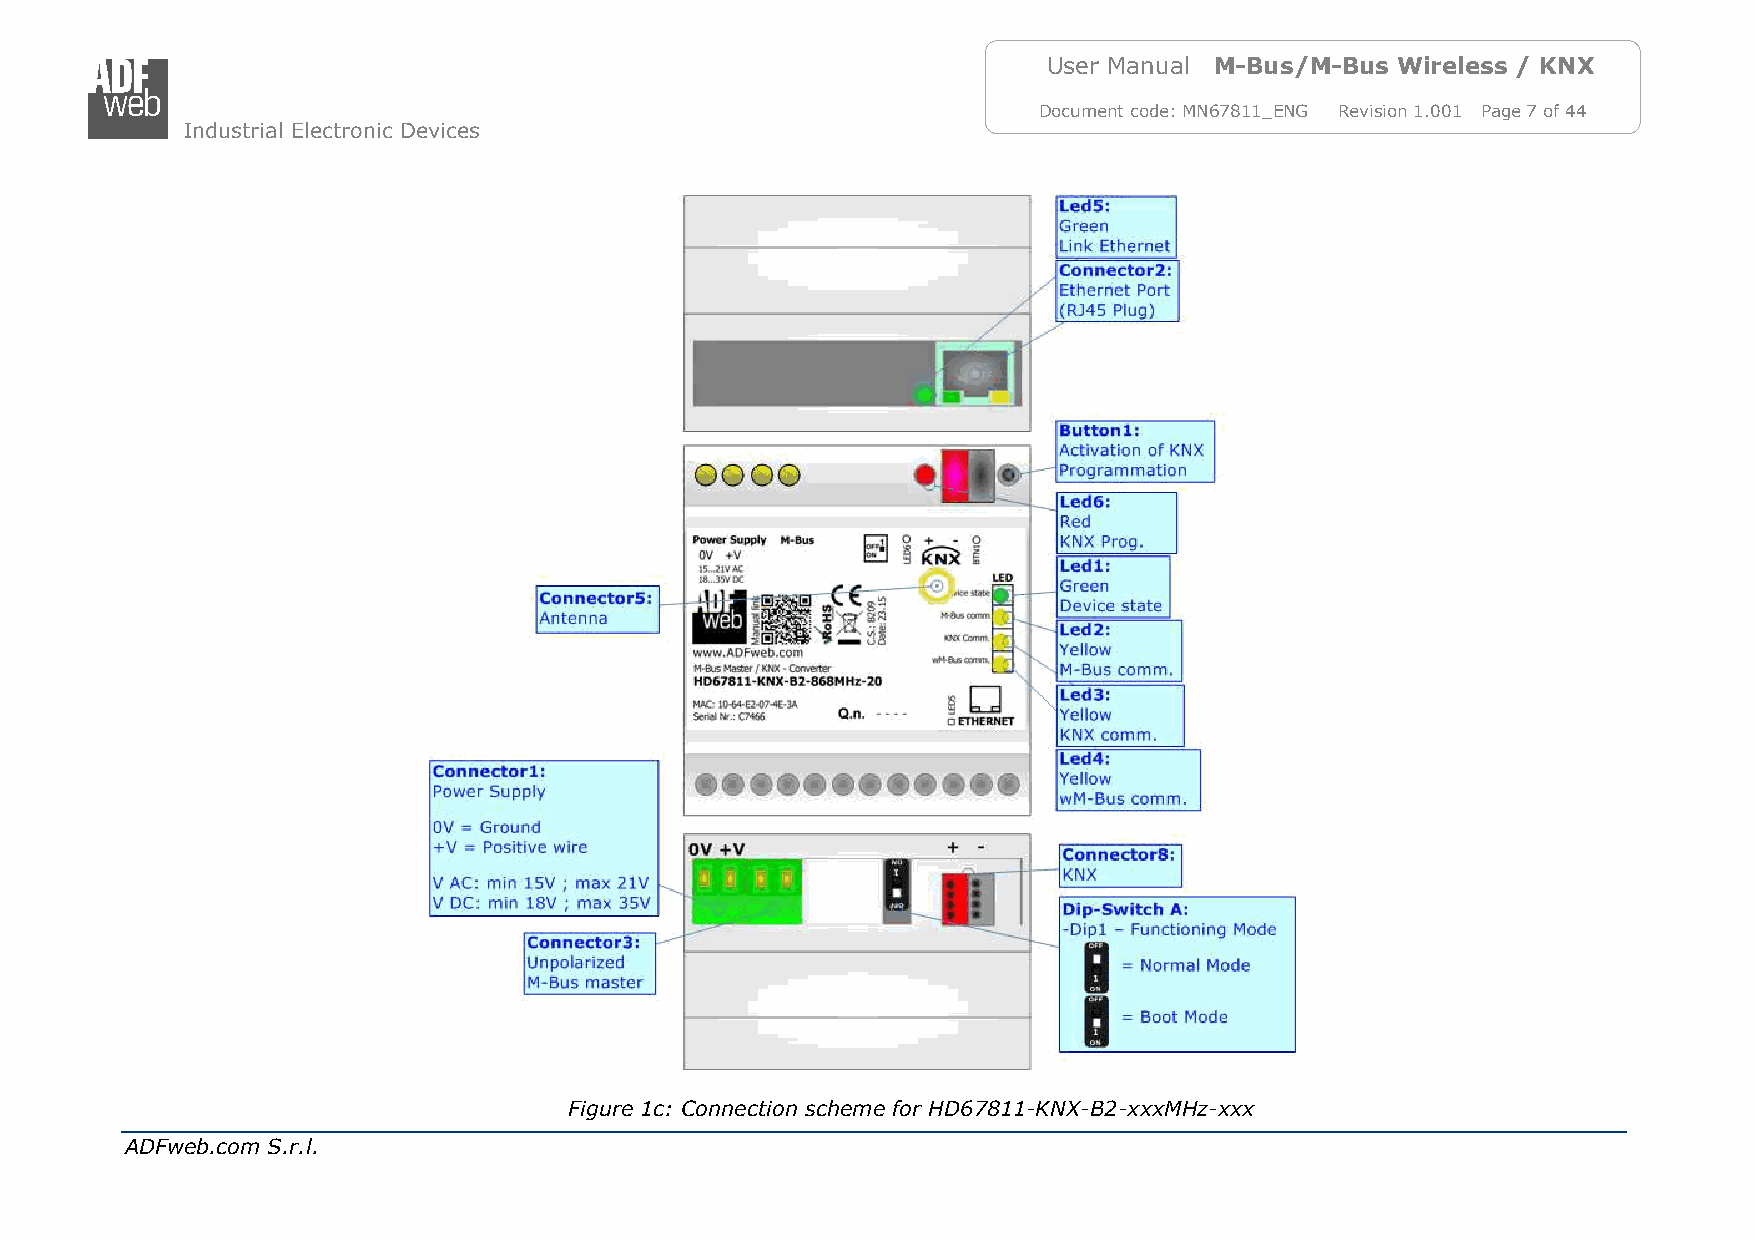
User Manual M-Bus/M-Bus Wireless / KNX
 Document code: MN67811_ENG Revision 1.001 Page 7 of 44
 Industrial Electronic Devices
 Figure 1c: Connection scheme for HD67811-KNX-B2-xxxMHz-xxx
 ADFweb.com S.r.l.